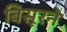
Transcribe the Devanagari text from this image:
बिसूरने